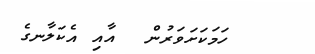
ހަމަކަށަވަރުން  އާއި އެކަލާނގެ